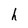
Character: h